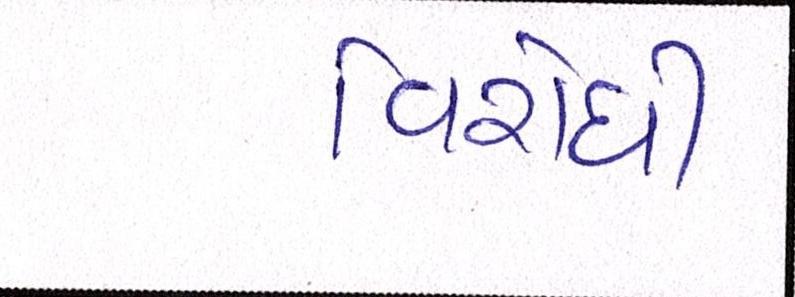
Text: વિરોધી